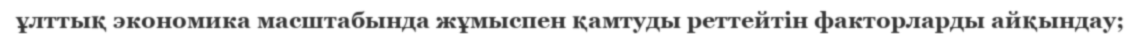
ұлттық экономика масштабында жұмыспен қамтуды реттейтін факторларды айқындау;